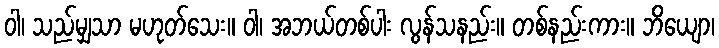
ဝါ၊ သည်မျှသာ မဟုတ်သေး။ ဝါ၊ အဘယ်တစ်ပါး လွန်သနည်း။ တစ်နည်းကား။ ဘိယျော၊